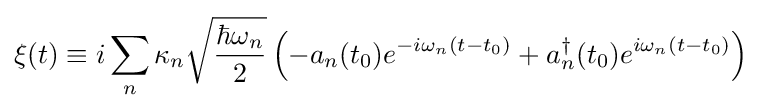
\xi (t)\equiv i\sum _{n}\kappa _{n}{\sqrt {\frac {\hbar \omega _{n}}{2}}}\left(-a_{n}(t_{0})e^{-i\omega _{n}(t-t_{0})}+a_{n}^{\dagger }(t_{0})e^{i\omega _{n}(t-t_{0})}\right)